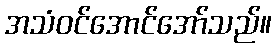
အသံဝင်အောင်အော်သည်။